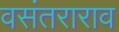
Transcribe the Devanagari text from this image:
वसंतराराव